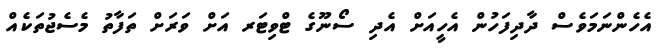
އެހެންނަމަވެސް ދާދިފަހުން އެހީއަށް އެދި ސޯނޫގެ ޓްވިޓަރ އަށް ވަރަށް ތަފާތު މެސެޖުތަކެއް